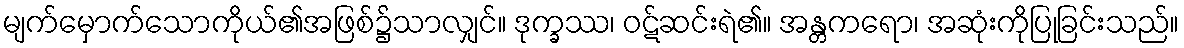
မျက်မှောက်သောကိုယ်၏အဖြစ်၌သာလျှင်။ ဒုက္ခဿ၊ ဝဋ်ဆင်းရဲ၏။ အန္တကရော၊ အဆုံးကိုပြုခြင်းသည်။